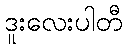
ဒူးလေးပါတီ